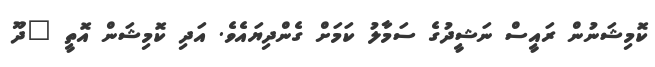
ކޮމިޝަނުން ރައީސް ނަޝީދުގެ ސަމާލު ކަމަށް ގެންދިޔައެވެ. އަދި ކޮމިޝަން އޮތީ "ދޫ